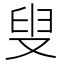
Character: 叟